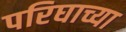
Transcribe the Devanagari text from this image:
परिघाच्या